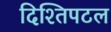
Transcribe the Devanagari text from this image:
दिश्तिपटल